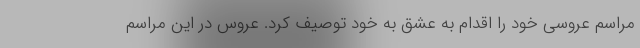
مراسم عروسی خود را اقدام به عشق به خود توصیف کرد. عروس در این مراسم